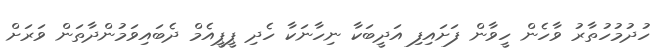
ހުދުމުހުތާރު ވާހެން ހީވާން ފަށައިފި އަދީބަކާ ނިހާނަކާ ހެދި ޕީޕީއެމް ދެބައިވަމުންދާތަން ވަރަށް